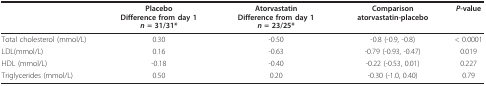
|  | PlaceboDifference from day 1 n = 31/31* | AtorvastatinDifference from day 1 n = 23/25* | Comparison atorvastatin-placebo | P-value |
 | --- | --- | --- | --- | --- |
 | Total cholesterol (mmol/L) | 0.30 | -0.50 | -0.8 (-0.9, -0.8) | < 0.0001 |
 | LDL(mmol/L) | 0.16 | -0.63 | -0.79 (-0.93, -0.47) | 0.019 |
 | HDL (mmol/L) | -0.18 | -0.40 | -0.22 (-0.53, 0.01) | 0.227 |
 | Triglycerides (mmol/L) | 0.50 | 0.20 | -0.30 (-1.0, 0.40) | 0.79 |